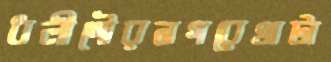
ধলীগৌরনগরেখাটা